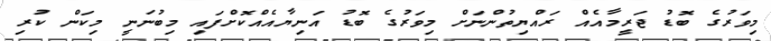
މިވަރުގެ ބޮޑު ޖަރީމާއެއް ރައްޔިތުންނަށް މިވަރުގެ ބޮޑު އަނިޔާއެއްކޮށްފައި މިބުނަނީ މިކަން ކުރި